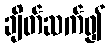
ချိတ်ဆက်၍